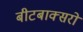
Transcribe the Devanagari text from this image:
बीटबाक्सरों